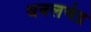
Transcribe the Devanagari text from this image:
धवलचंद्र